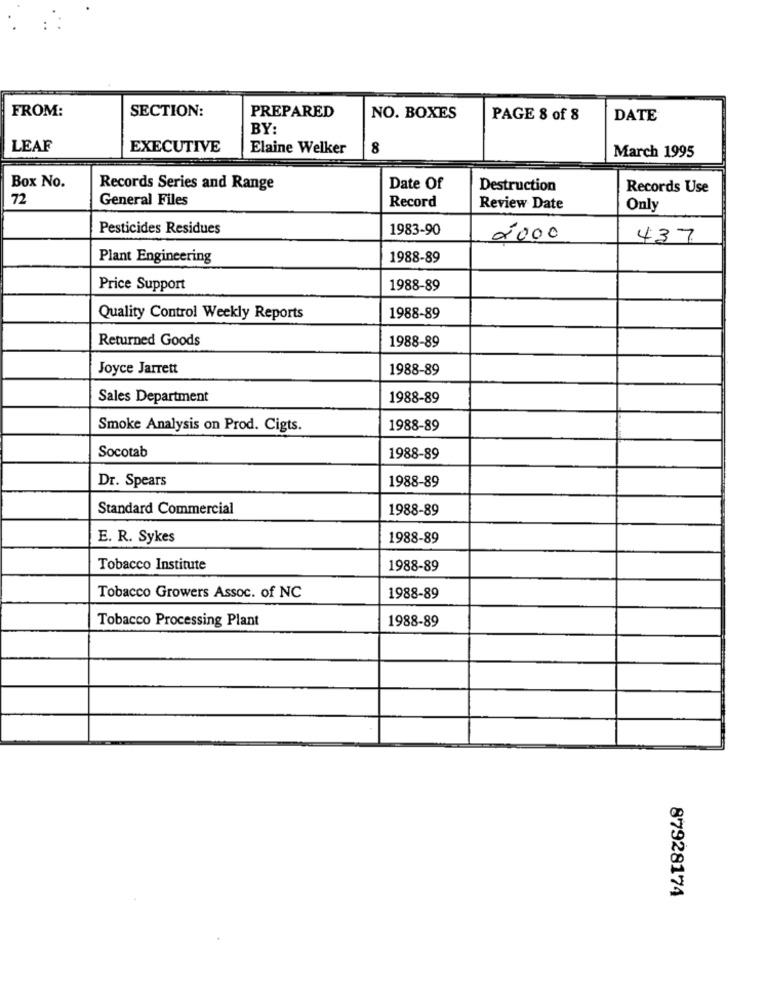
FROM:
SECTION:
PREPARED
NO. BOXES
PAGE 8 of 8
DATE
BY:
LEAF
EXECUTIVE
Elaine Welker
8
March 1995
Box No.
Records Series and Range
Date Of
Destruction
Records Use
72
General Files
Record
Review Date
Only
Pesticides Residues
1983-90
2000
437
Plant Engineering
1988-89
Price Support
1988-89
Quality Control Weekly Reports
1988-89
Returned Goods
1988-89
Joyce Jarrett
1988-89
Sales Department
1988-89
Smoke Analysis on Prod. Cigts.
1988-89
Socotab
1988-89
Dr. Spears
1988-89
Standard Commercial
1988-89
E. R. Sykes
1988-89
Tobacco Institute
1988-89
Tobacco Growers Assoc. of NC
1988-89
Tobacco Processing Plant
1988-89
87928174